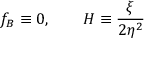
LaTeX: f _ { B } \equiv 0 , \qquad H \equiv \frac { \xi } { 2 \eta ^ { 2 } }